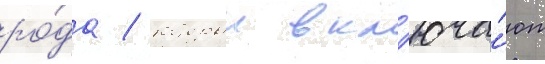
ро́да / которыи вкл'юча́ют